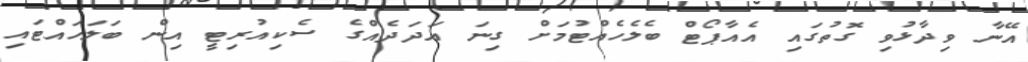
އޭނާ ވިދާޅުވި ގޮތުގައި އެއާޕޯޓް ބެލެހެއްޓުމަށް ގިނަ އަދަދެއްގެ ސެކިއުރިޓީ އިން ބަލަހައްޓައި